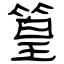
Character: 篁